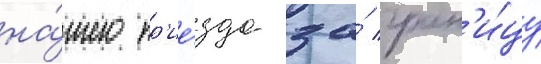
на́шего пр'ие́зда за́ гран'и́цу